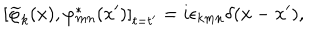
\left[ \widetilde { \varphi } _ { k } ( x ) , \varphi _ { m n } ^ { * } ( x ^ { \prime } ) \right] _ { t = t ^ { \prime } } = i \epsilon _ { k m n } \delta ( \mathbf { x } - \mathbf { x } ^ { \prime } ) ,